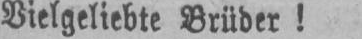
Vielgeliebte Brüder!